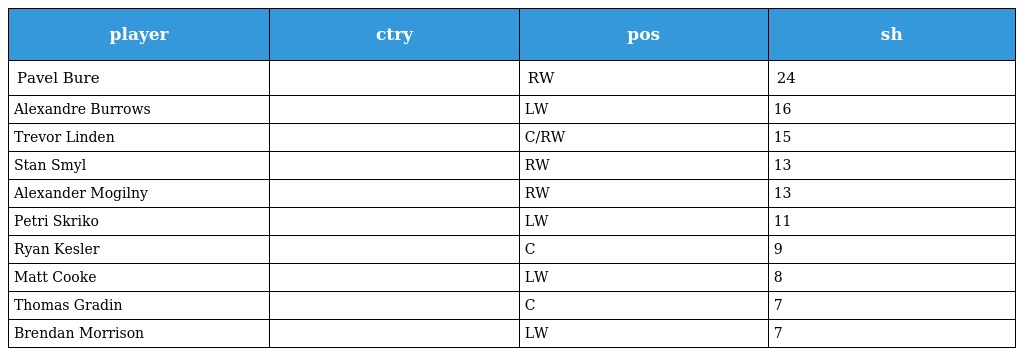
| player | ctry | pos | sh |
 | --- | --- | --- | --- |
 | Pavel Bure |  | RW | 24 |
 | Alexandre Burrows |  | LW | 16 |
 | Trevor Linden |  | C/RW | 15 |
 | Stan Smyl |  | RW | 13 |
 | Alexander Mogilny |  | RW | 13 |
 | Petri Skriko |  | LW | 11 |
 | Ryan Kesler |  | C | 9 |
 | Matt Cooke |  | LW | 8 |
 | Thomas Gradin |  | C | 7 |
 | Brendan Morrison |  | LW | 7 |